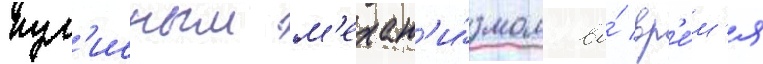
кул'исным м'ехан'и́змом во́ вр'е́м'я